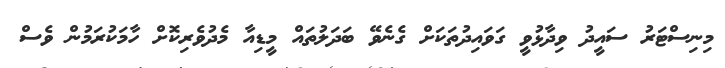
މިނިސްޓަރު ސައީދު ވިދާޅުވީ ގަވައިދުތަކަށް ގެނެވޭ ބަދަލުތައް މީޑިއާ މެދުވެރިކޮށް ހާމަކުރަމުން ވެސް